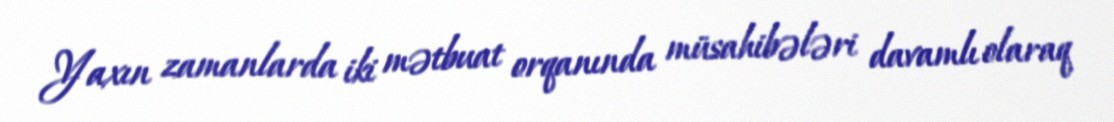
Yaxın zamanlarda iki mətbuat orqanında müsahibələri davamlı olaraq